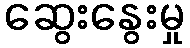
ဆွေးနွေးမှု